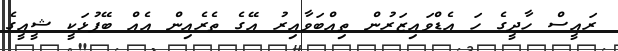
ރައީސް ހާދީގެ ހަ އެޑްވައިޒަރުން ތިއްބަވާއިރު އޭގެ ތެރެއިން އެއް ބޭފުޅަކީ ޝީއީގެ